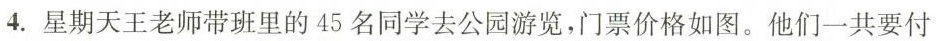
4.星期天王老师带班里的45名同学去公园游览，门票价格如图。他们一共要付